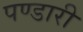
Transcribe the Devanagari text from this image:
पण्डारी